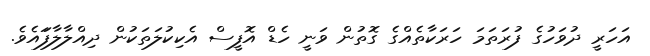
އަހަރީ ދުވަހުގެ ފުރަތަމަ ހަރަކާތެއްގެ ގޮތުން ވަނީ ހެޑް އޮފީސް އެކިކުލަތަކުން ދިއްލާލާފަައެވެ.